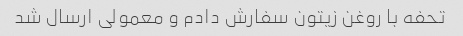
تحفه با روغن زیتون سفارش دادم و معمولی ارسال شد